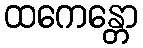
ထကေန္တော